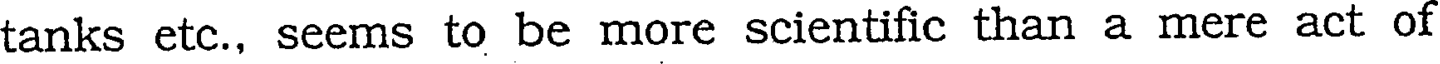
tanks etc., seems to be more scientific than a mere act of